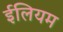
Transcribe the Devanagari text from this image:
ईलियम